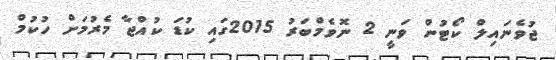
ޖުވެނައިލް ކޯޓުން ވަނީ 2 ނޮވެމްބަރު 2015ގައި ކުޑަ ކުއްޖާ މެރުމަށް ހުކުމް